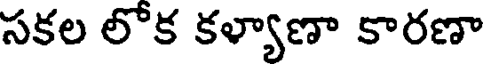
సకల లోక కళ్యాణా కారణా